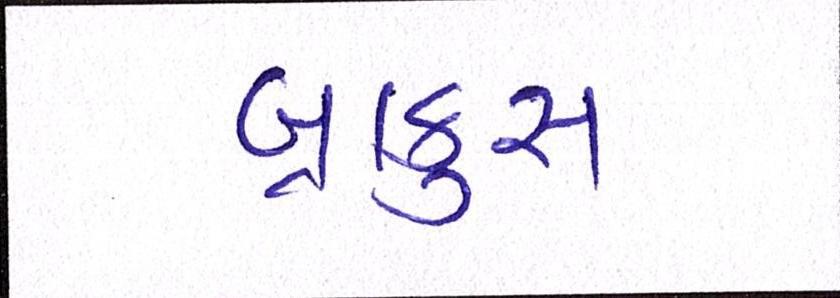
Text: બ્રાફુસ